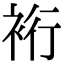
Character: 裄